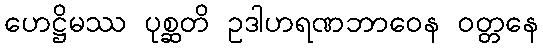
ဟေဋ္ဌိမဿ ပုစ္ဆတိ ဥဒါဟရဏဘာဝေန ဝတ္တနေ